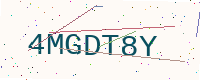
Text: 4MGDT8Y